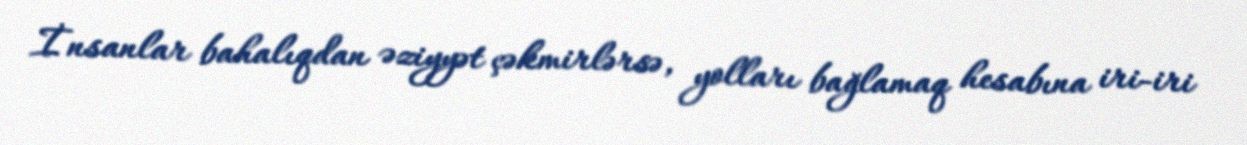
İnsanlar bahalıqdan əziyyət çəkmirlərsə, yolları bağlamaq hesabına iri-iri